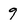
Character: 9